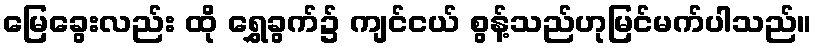
မြေခွေးလည်း ထို ရွှေခွက်၌ ကျင်ငယ် စွန့်သည်ဟုမြင်မက်ပါသည်။